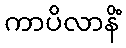
ကာပိလာနိံ